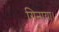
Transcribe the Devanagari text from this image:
गिनाया।